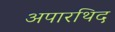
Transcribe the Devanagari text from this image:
अपारथिद